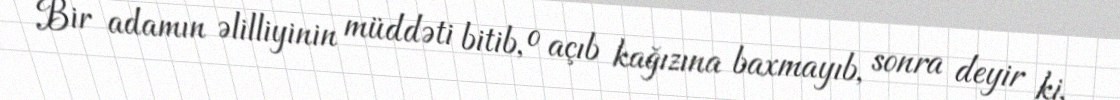
Bir adamın əlilliyinin müddəti bitib, o açıb kağızına baxmayıb, sonra deyir ki,